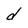
Character: d